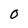
Character: O